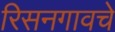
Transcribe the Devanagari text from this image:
रिसनगावचे